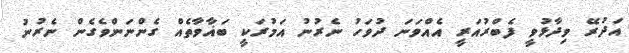
އަދުރޭ ވިދާޅުވީ ފެބްރުއަރީ އެއްވަނަ ދުވަހު ނެރުނު އަމުރަކީ ބަޣާވާތެއް ގެންނަންވެގެން ނެރުނު